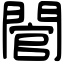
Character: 䦡